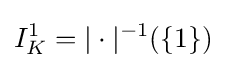
I_{K}^{1}=|\cdot |^{-1}(\{1\})